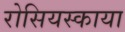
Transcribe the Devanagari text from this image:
रोसियस्काया